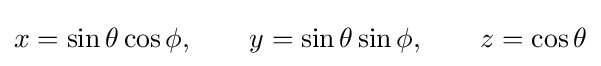
x=\sin \theta \cos \phi ,\qquad y=\sin \theta \sin \phi ,\qquad z=\cos \theta